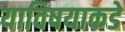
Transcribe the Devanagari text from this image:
याविषयाकडे